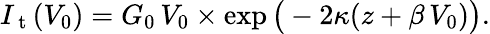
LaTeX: I_{\mathrm{~t~}}(V_{0})=G_{0}\, V_{0}\times\exp\big(-2\kappa(z+\beta\, V_{0})\big).